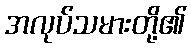
အလုပ်သမားတို့၏